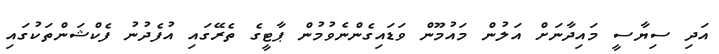
އަދި ސިޔާސީ މައިދާނަށް އަލުން މައުމޫން ވަޑައިގެންނެވުމުން ޕާޓީގެ ތެރޭގައި އުފެދުނު ފެކްޝަންތަކުގައި